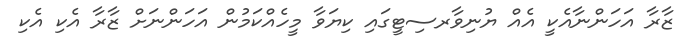
ޒާރާ އަހަންނާއެކީ އެއް ޔުނިވާރސިޓީގައި ކިޔަވާ މީހެއްކަމުން އަހަންނަށް ޒާރާ އެކި އެކި